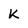
Character: K